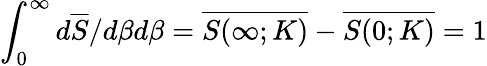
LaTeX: \int_{0}^{\infty}d\overline{{S}}/d\beta d\beta=\overline{{S(\infty;K)}}-\overline{{S(0;K)}}=1